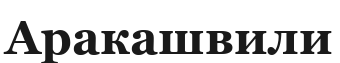
Аракашвили